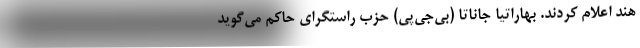
هند اعلام کردند. بهاراتیا جاناتا (بی‌جی‌پی) حزب راستگرای حاکم می‌گوید